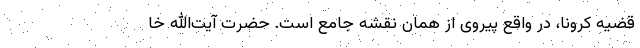
قضیه کرونا، در واقع پیروی از همان نقشه جامع است. حضرت آیت‌الله خا